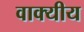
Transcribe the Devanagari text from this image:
वाक्यीय